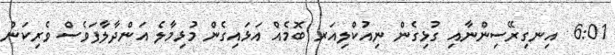
6:01  އިނގިރޭސިންނާއި ގުޅިގެން ނިއުކްލިއަރ ބޮމެއް އަޅައިގެން މުޅިމާލެ އަންދާލާފަވެސް ވެރިކަން